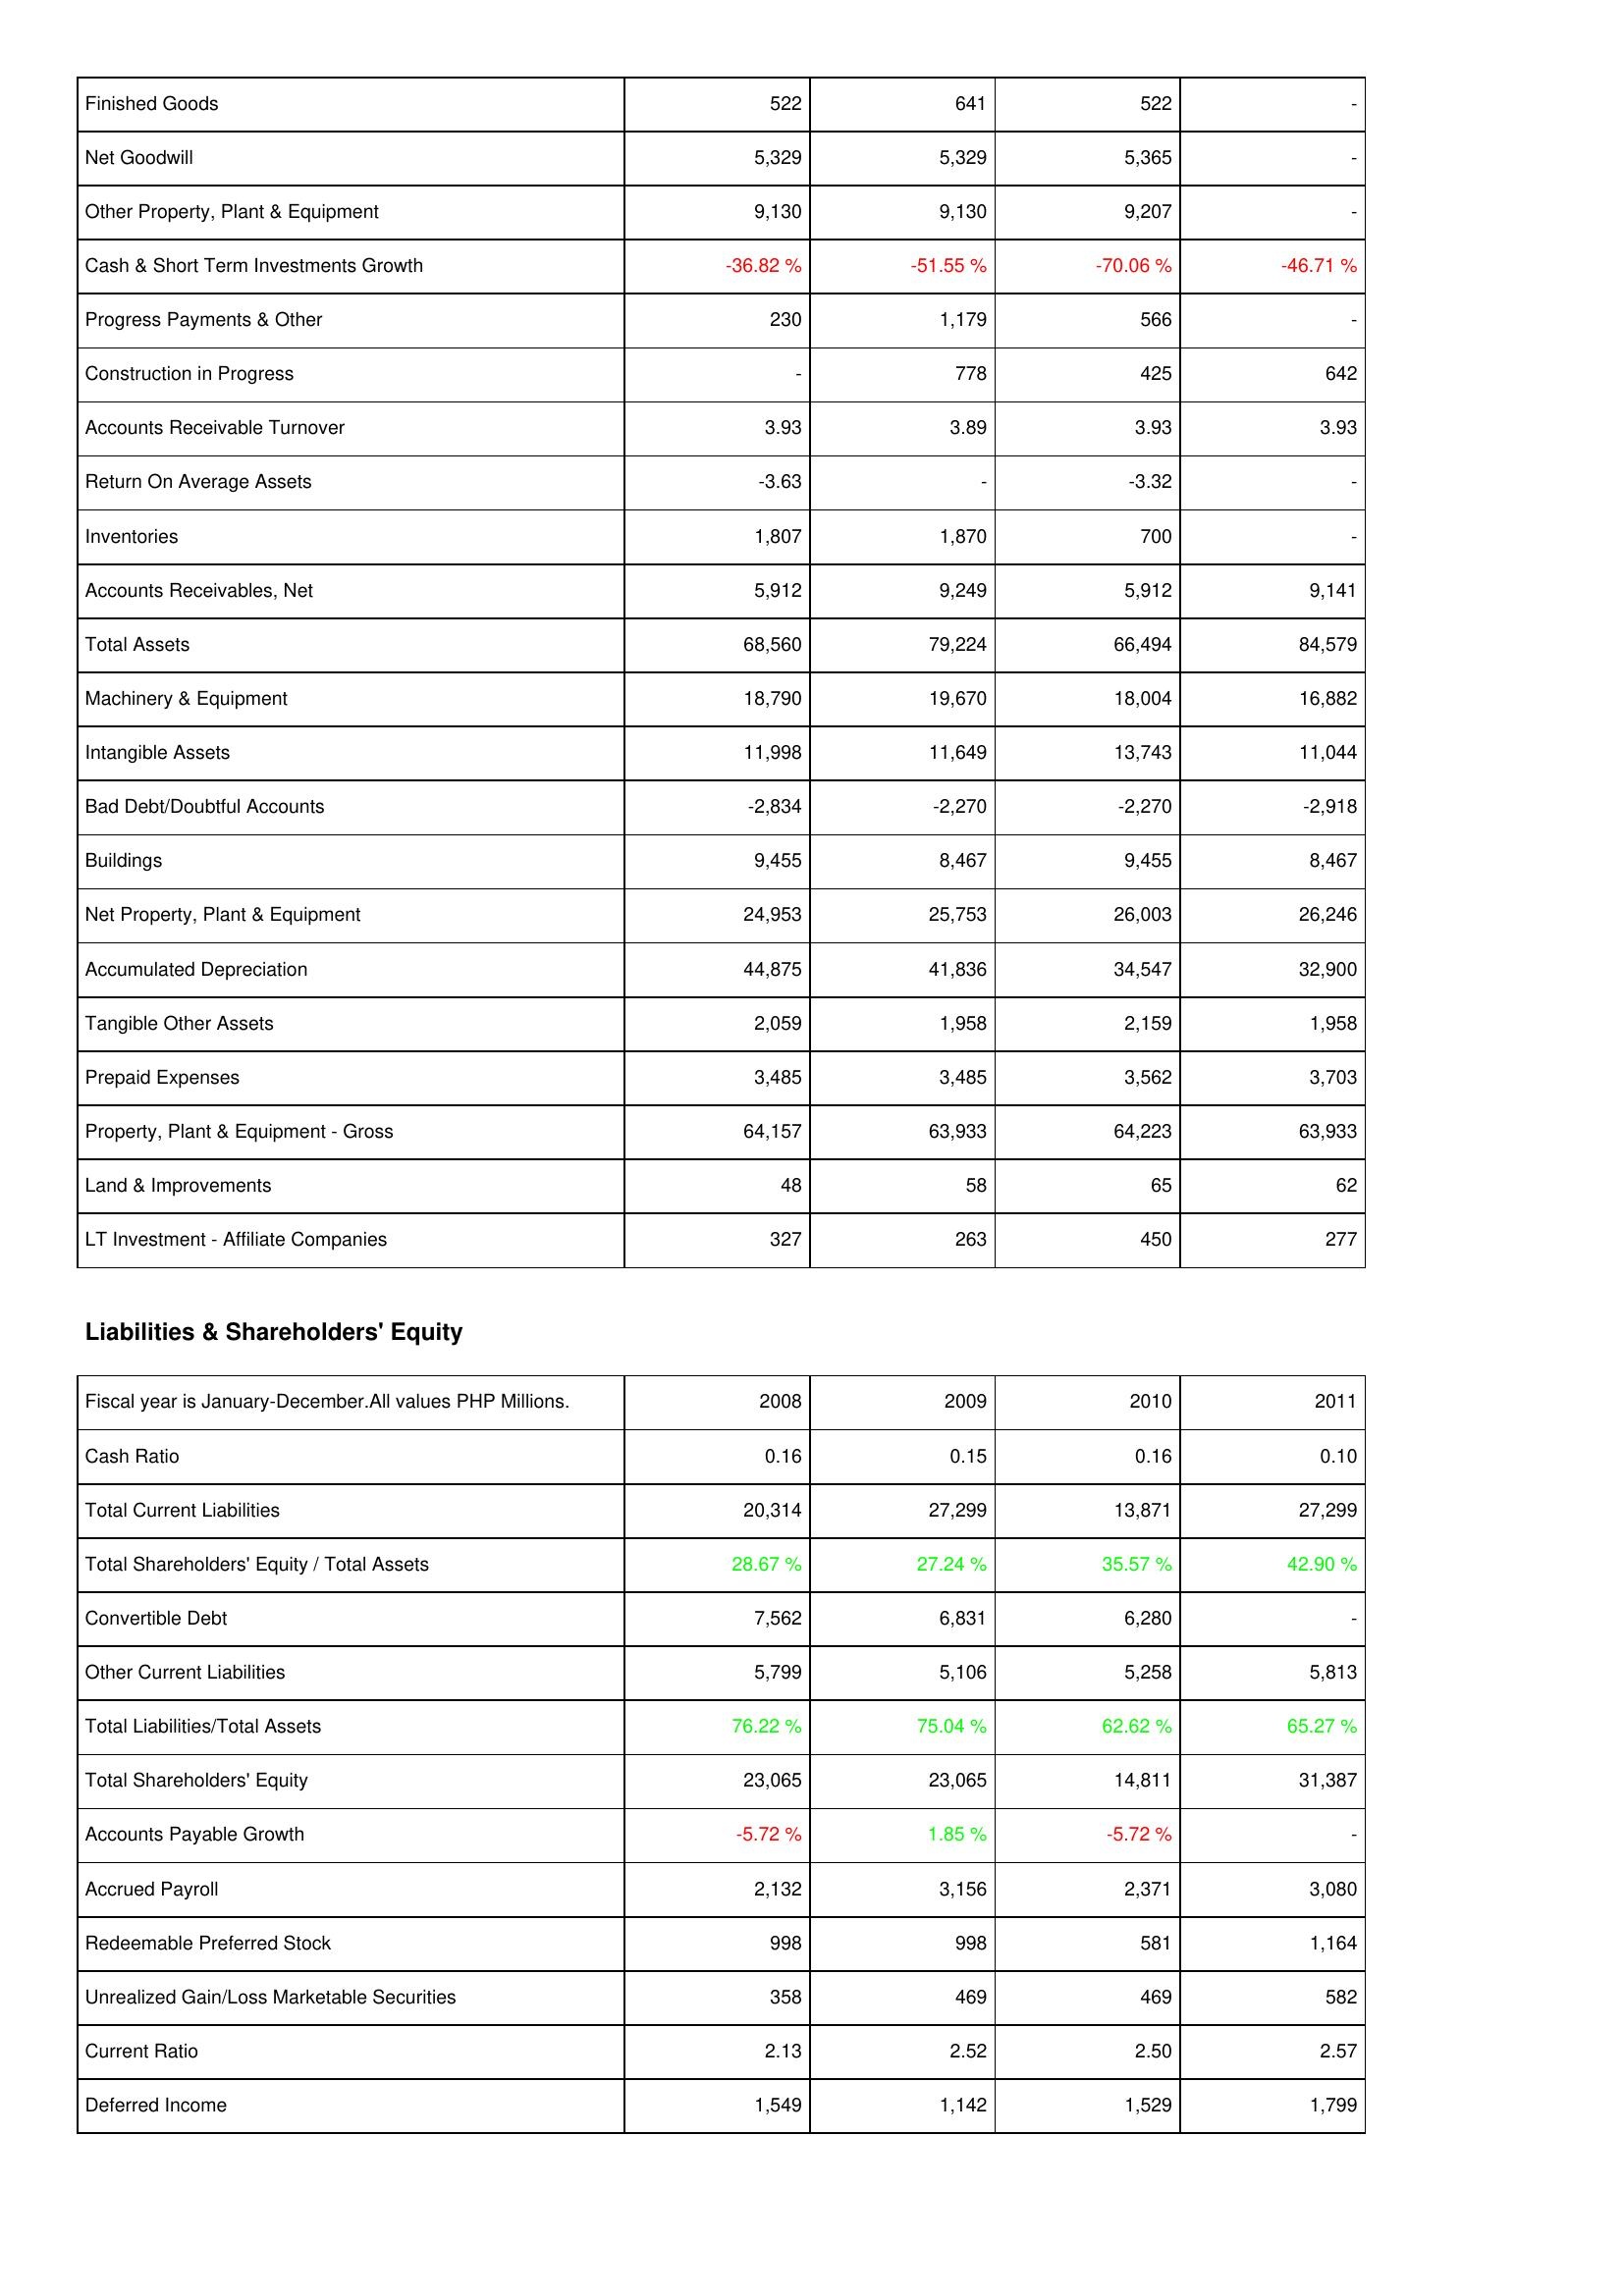
2008: Assets: Finished Goods: 522
Net Goodwill: 5,329
Other Property, Plant & Equipment: 9,130
Cash & Short Term Investments Growth: -36.82 %
Progress Payments & Other: 230
Construction in Progress: -
Accounts Receivable Turnover: 3.93
Return On Average Assets: -3.63
Inventories: 1,807
Accounts Receivables, Net: 5,912
Total Assets: 68,560
Machinery & Equipment: 18,790
Intangible Assets: 11,998
Bad Debt/Doubtful Accounts: -2,834
Buildings: 9,455
Net Property, Plant & Equipment: 24,953
Accumulated Depreciation: 44,875
Tangible Other Assets: 2,059
Prepaid Expenses: 3,485
Property, Plant & Equipment - Gross: 64,157
Land & Improvements: 48
LT Investment - Affiliate Companies: 327
Liabilities & Shareholders' Equity: Cash Ratio: 0.16
Total Current Liabilities: 20,314
Total Shareholders' Equity / Total Assets: 28.67 %
Convertible Debt: 7,562
Other Current Liabilities: 5,799
Total Liabilities/Total Assets: 76.22 %
Total Shareholders' Equity: 23,065
Accounts Payable Growth: -5.72 %
Accrued Payroll: 2,132
Redeemable Preferred Stock: 998
Unrealized Gain/Loss Marketable Securities: 358
Current Ratio: 2.13
Deferred Income: 1,549
2009: Assets: Finished Goods: 641
Net Goodwill: 5,329
Other Property, Plant & Equipment: 9,130
Cash & Short Term Investments Growth: -51.55 %
Progress Payments & Other: 1,179
Construction in Progress: 778
Accounts Receivable Turnover: 3.89
Return On Average Assets: -
Inventories: 1,870
Accounts Receivables, Net: 9,249
Total Assets: 79,224
Machinery & Equipment: 19,670
Intangible Assets: 11,649
Bad Debt/Doubtful Accounts: -2,270
Buildings: 8,467
Net Property, Plant & Equipment: 25,753
Accumulated Depreciation: 41,836
Tangible Other Assets: 1,958
Prepaid Expenses: 3,485
Property, Plant & Equipment - Gross: 63,933
Land & Improvements: 58
LT Investment - Affiliate Companies: 263
Liabilities & Shareholders' Equity: Cash Ratio: 0.15
Total Current Liabilities: 27,299
Total Shareholders' Equity / Total Assets: 27.24 %
Convertible Debt: 6,831
Other Current Liabilities: 5,106
Total Liabilities/Total Assets: 75.04 %
Total Shareholders' Equity: 23,065
Accounts Payable Growth: 1.85 %
Accrued Payroll: 3,156
Redeemable Preferred Stock: 998
Unrealized Gain/Loss Marketable Securities: 469
Current Ratio: 2.52
Deferred Income: 1,142
2010: Assets: Finished Goods: 522
Net Goodwill: 5,365
Other Property, Plant & Equipment: 9,207
Cash & Short Term Investments Growth: -70.06 %
Progress Payments & Other: 566
Construction in Progress: 425
Accounts Receivable Turnover: 3.93
Return On Average Assets: -3.32
Inventories: 700
Accounts Receivables, Net: 5,912
Total Assets: 66,494
Machinery & Equipment: 18,004
Intangible Assets: 13,743
Bad Debt/Doubtful Accounts: -2,270
Buildings: 9,455
Net Property, Plant & Equipment: 26,003
Accumulated Depreciation: 34,547
Tangible Other Assets: 2,159
Prepaid Expenses: 3,562
Property, Plant & Equipment - Gross: 64,223
Land & Improvements: 65
LT Investment - Affiliate Companies: 450
Liabilities & Shareholders' Equity: Cash Ratio: 0.16
Total Current Liabilities: 13,871
Total Shareholders' Equity / Total Assets: 35.57 %
Convertible Debt: 6,280
Other Current Liabilities: 5,258
Total Liabilities/Total Assets: 62.62 %
Total Shareholders' Equity: 14,811
Accounts Payable Growth: -5.72 %
Accrued Payroll: 2,371
Redeemable Preferred Stock: 581
Unrealized Gain/Loss Marketable Securities: 469
Current Ratio: 2.50
Deferred Income: 1,529
2011: Assets: Finished Goods: -
Net Goodwill: -
Other Property, Plant & Equipment: -
Cash & Short Term Investments Growth: -46.71 %
Progress Payments & Other: -
Construction in Progress: 642
Accounts Receivable Turnover: 3.93
Return On Average Assets: -
Inventories: -
Accounts Receivables, Net: 9,141
Total Assets: 84,579
Machinery & Equipment: 16,882
Intangible Assets: 11,044
Bad Debt/Doubtful Accounts: -2,918
Buildings: 8,467
Net Property, Plant & Equipment: 26,246
Accumulated Depreciation: 32,900
Tangible Other Assets: 1,958
Prepaid Expenses: 3,703
Property, Plant & Equipment - Gross: 63,933
Land & Improvements: 62
LT Investment - Affiliate Companies: 277
Liabilities & Shareholders' Equity: Cash Ratio: 0.10
Total Current Liabilities: 27,299
Total Shareholders' Equity / Total Assets: 42.90 %
Convertible Debt: -
Other Current Liabilities: 5,813
Total Liabilities/Total Assets: 65.27 %
Total Shareholders' Equity: 31,387
Accounts Payable Growth: -
Accrued Payroll: 3,080
Redeemable Preferred Stock: 1,164
Unrealized Gain/Loss Marketable Securities: 582
Current Ratio: 2.57
Deferred Income: 1,799